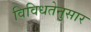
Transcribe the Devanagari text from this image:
विविधतेनुसार